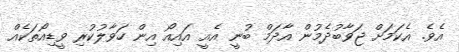
އެވެ. އެކަމަށް ޖަވާބުދެމުން އާދަމް ބުނީ އެއީ އައިއޯ އިން ހަވާލުކުރި ވީޑިއޯތަކެއް